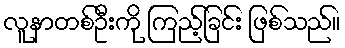
လူနာတစ်ဦးကို ကြည့်ခြင်း ဖြစ်သည်။